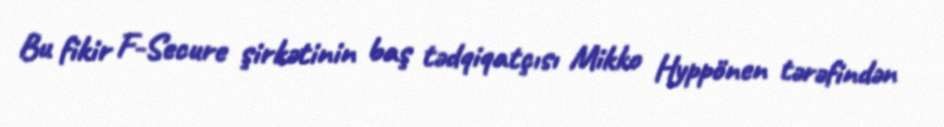
Bu fikir F-Secure şirkətinin baş tədqiqatçısı Mikko Hyppönen tərəfindən